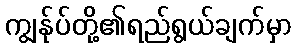
ကျွန်ုပ်တို့၏ရည်ရွယ်ချက်မှာ